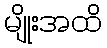
မျိုးအထိ